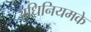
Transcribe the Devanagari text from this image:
अधिनियमके